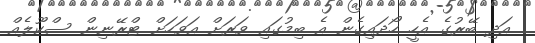
އަދި ބޭރުގެ އެހީ ހޯދައިގެން އެ ބިމުގައި ވަރަށް އަވަހަށް ޓްރޭނިން ސްކޫލެއް